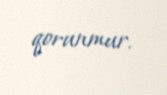
qorunmur.